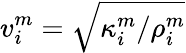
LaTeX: v_{i}^{m}=\sqrt{\kappa_{i}^{m}/\rho_{i}^{m}}